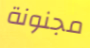
مجنونة